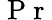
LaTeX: \mathrm{~P~r~}{}